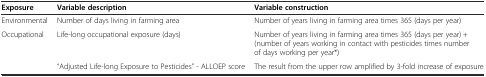
| Exposure | Variable description | Variable construction |
 | --- | --- | --- |
 | Environmental | Number of days living in farming area | Number of years living in farming area times 365 (days per year) |
 | Occupational | Life-long occupational exposure (days) | Number of years living in farming area times 365 (days per year) + (number of years working in contact with pesticides times number of days working per year*) |
 |  | “Adjusted Life-long Exposure to Pesticides” - ALLOEP score | The result from the upper row amplified by 3-fold increase of exposure |